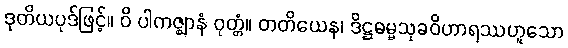
ဒုတိယပုဒ်ဖြင့်။ ဝိ ပါကဇ္ဈာနံ ဝုတ္တံ။ တတိယေန၊ ဒိဋ္ဌဓမ္မသုခဝိဟာရဿဟူသော